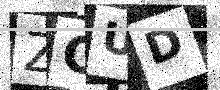
Text: ZOUD